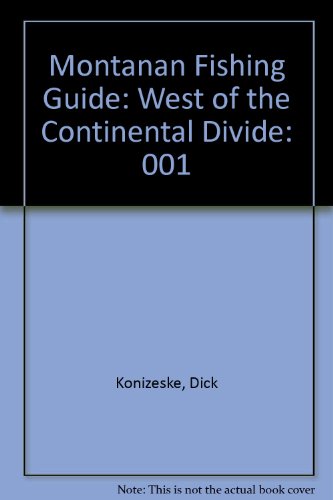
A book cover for Montanan Fishing Guide: West of the Continental Divide; Dick Konizeske; Travel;